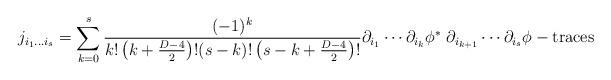
LaTeX: \begin{align*}j_{i_1\ldots i_s}=\sum\limits_{k=0}^s{(-1)^k\over k!\left(k+{D-4\over 2}\right)! (s-k)!\left(s-k+{D-4\over 2}\right)!}\partial_{i_1}\cdots\partial_{i_k}\phi^*\;\partial_{i_{k+1}}\cdots\partial_{i_s}\phi-\mbox{traces}\end{align*}